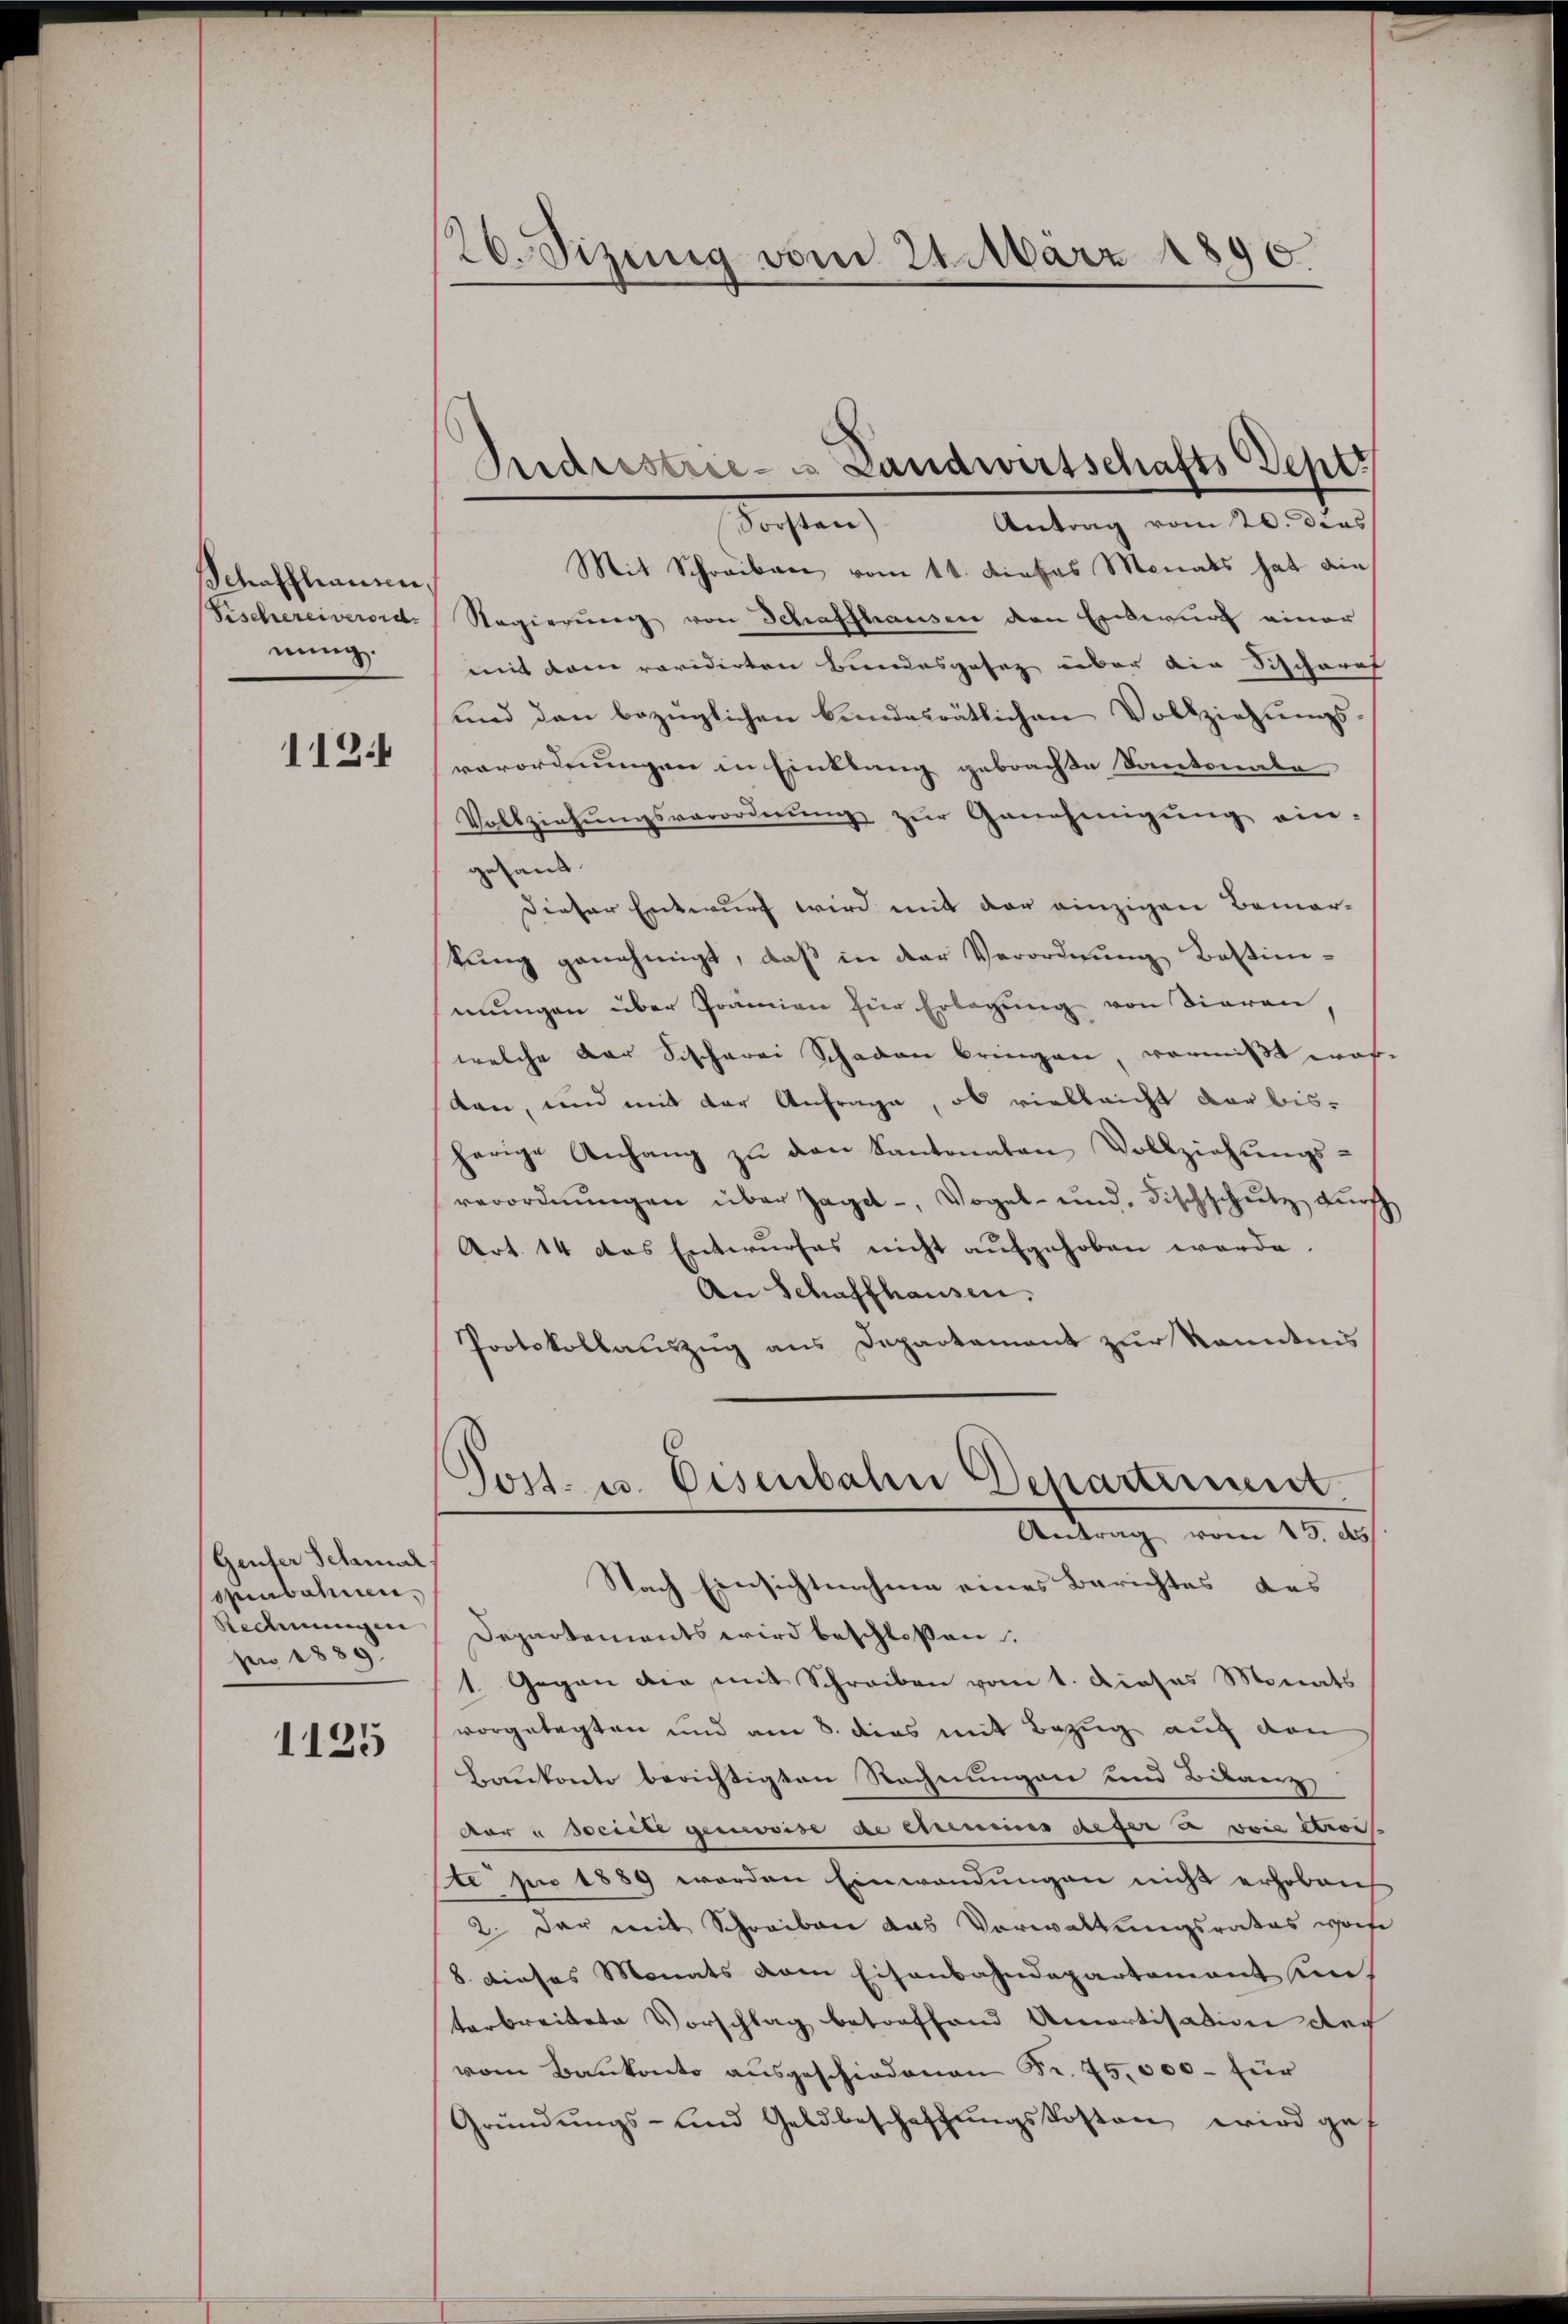
Schaffhausen,
nung.

112

(Geufer Schmal
spenbahnen,
Redmungen
pr 1889.

1125

26. Jizung vom 21. März 1890.

Sidrestrie- & Landwirtschafts Sept.
Antrag vom 20. das
Posten

Mit Schreiben vom 11. dieses Monats hat ain
Fischereiverord. Nagierung von Schaffhausen den Einwurf einer
mit dem revidirten Bundesgefag über die Schchares
und den bezüglichen bindesrätlichen Vollziehungs
verordnungen in Einklang gebrachte Kantonale
Vollziehŭngsverordnŭng zŭr Genehmigŭng ein-
gesand.
dieser Entwurf wird mit der einzigen Bemer-
kŭng genehmigt, daß in der Verordnŭng Bestimmungen über Prämien für Erlegung von Tieren,
welche der Sischerei Schaden bringen, vermißt war,
tan, und mit der Anfrage, ob vielleicht der bisherige Anhang zŭ den Kantonaten Vollziehŭngs-
verordnŭngen über Jaget, Vogel- und Fischschutz dŭrch
Art. 14 das Entwurfes nicht aufgehoben werde.
An Schaffhausen.
Protokollauszug aus Departamant zur kanntnis
Post- u. Eisenbalen Departiment.
Antrag vom 15. ds
Nach Einsichtnahme eines Berichtes des
Departements wird beschloßen:
1 Gegen die mit Schreiben vom 1. Dieses Monats
vorgelegten und am 8. dies mit Bezug auf den
Baukonto berichtigten Rechnungen und Bilanz
vor u scrite geweise de einmens deser a vois Arse
te pr 1889 werden Einwendungen nicht erhoben
2. der mit Schreiben das Vorwaltungsrates worfe
8. dieses Monats vom Eisenbahndepartement in
terbreitete Vorschlag betreffend Amortisation doch
vom Baukonto ausgeschiedenen Fr. 75,000 – für
Gründungs- und Geldbeschaffungskosten wird gef